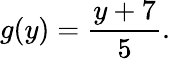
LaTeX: g(y)={\frac{y+7}{5}}.